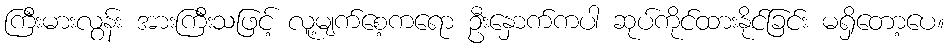
ကြီးမားလွန်း အားကြီးသဖြင့် လူ့မျက်စေ့ကရော ဦးနှောက်ကပါ ဆုပ်ကိုင်ထားနိုင်ခြင်း မရှိတော့ပေ။